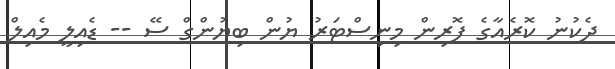
ދެކުނު ކޮރެއާގެ ފޮރިން މިނިސްޓަރު ޔުން ބިޔުންގް ސޭ -- ޑެއިލީ މެއިލް